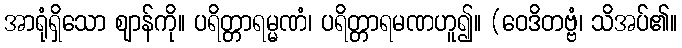
အာရုံရှိသော ဈာန်ကို။ ပရိတ္တာရမ္မဏံ၊ ပရိတ္တာရမဏဟူ၍။ (ဝေဒိတဗ္ဗံ၊ သိအပ်၏။